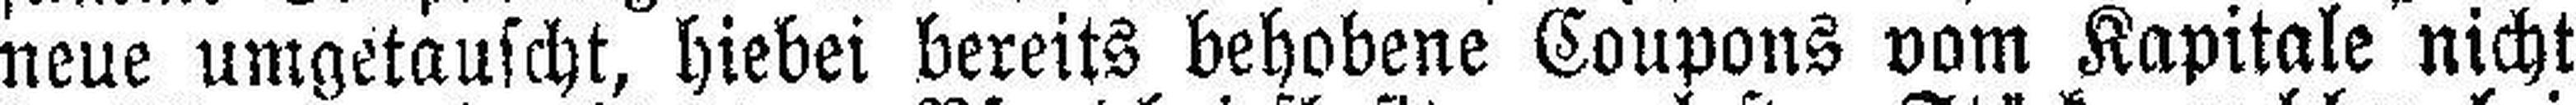
neue umgetauscht, hiebei bereits behobene Coupons vom Kapitale nicht